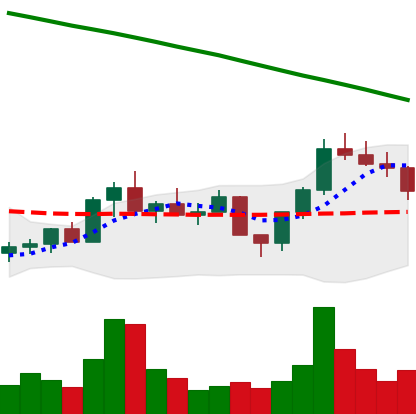
Ticker: LINK-USD
Chart end date: 2022-08-02
Forward return: 15.245%
Label: up_7plus